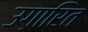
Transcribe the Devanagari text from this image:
उग़ारित